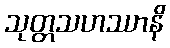
သုတ္တသဟဿာနိ